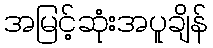
အမြင့်ဆုံးအပူချိန်